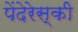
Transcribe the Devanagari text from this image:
पेंदेरेस्की